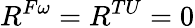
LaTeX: R^{F\omega}=R^{TU}=0